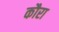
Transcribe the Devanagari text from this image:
कौरा